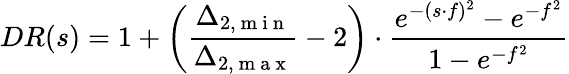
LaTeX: DR(s)=1+\left(\frac{\Delta_{2,\mathrm{~m~i~n~}}}{\Delta_{2,\mathrm{~m~a~x~}}}-2\right)\cdot\frac{e^{-(s\cdot f)^{2}}-e^{-f^{2}}}{1-e^{-f^{2}}}